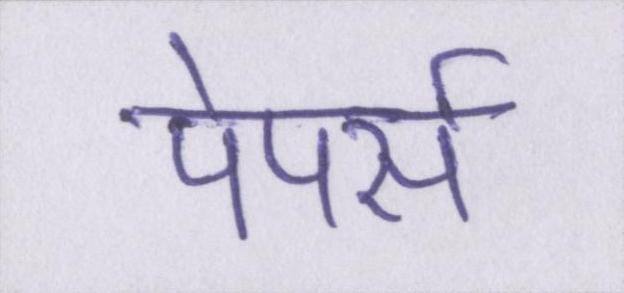
पेपर्स